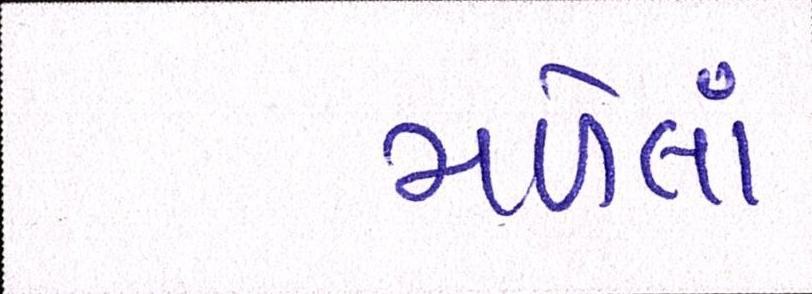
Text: મળેલાં